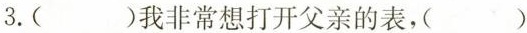
3.()我非常想打开父亲的表，()